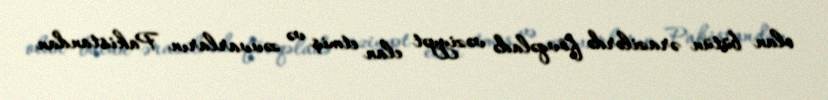
olan bütün ərazilərdə fövqəladə vəziyyət elan etmiş və zəvvarların Pakistandan